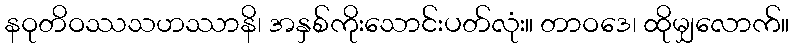
နဝုတိဝဿသဟဿာနိ၊ အနှစ်ကိုးသောင်းပတ်လုံး။ တာဝဒေ၊ ထိုမျှလောက်။